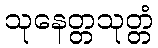
သုနေတ္တသုတ္တံ